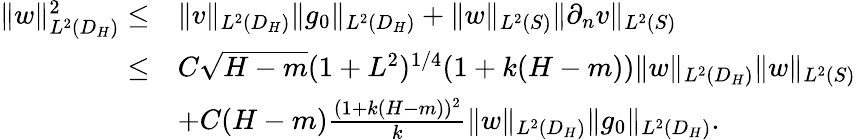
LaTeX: \begin{array}{rl}{\| w\| _{L^{2}(D_{H})}^{2}\le}&{\| v\| _{L^{2}(D_{H})}\| g_{0}\| _{L^{2}(D_{H})}+\| w\| _{L^{2}(S)}\| \partial_{n}v\| _{L^{2}(S)}}\\ {\le}&{C\sqrt{H-m}(1+L^{2})^{1/4}(1+k(H-m))\| w\| _{L^{2}(D_{H})}\| w\| _{L^{2}(S)}}\\ &{+C(H-m)\frac{(1+k(H-m))^{2}}{k}\| w\| _{L^{2}(D_{H})}\| g_{0}\| _{L^{2}(D_{H})}.}\end{array}